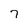
Character: 7